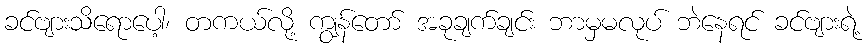
ခင်ဗျားသိရောပေါ့၊ တကယ်လို့ ကျွန်တော် အခုချက်ချင်း ဘာမှမလုပ် ဘဲနေရင် ခင်ဗျားရဲ့